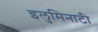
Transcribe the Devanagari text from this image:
इलुमिनाटी